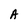
Character: A